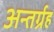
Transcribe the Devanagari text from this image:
अन्तर्ग्रह